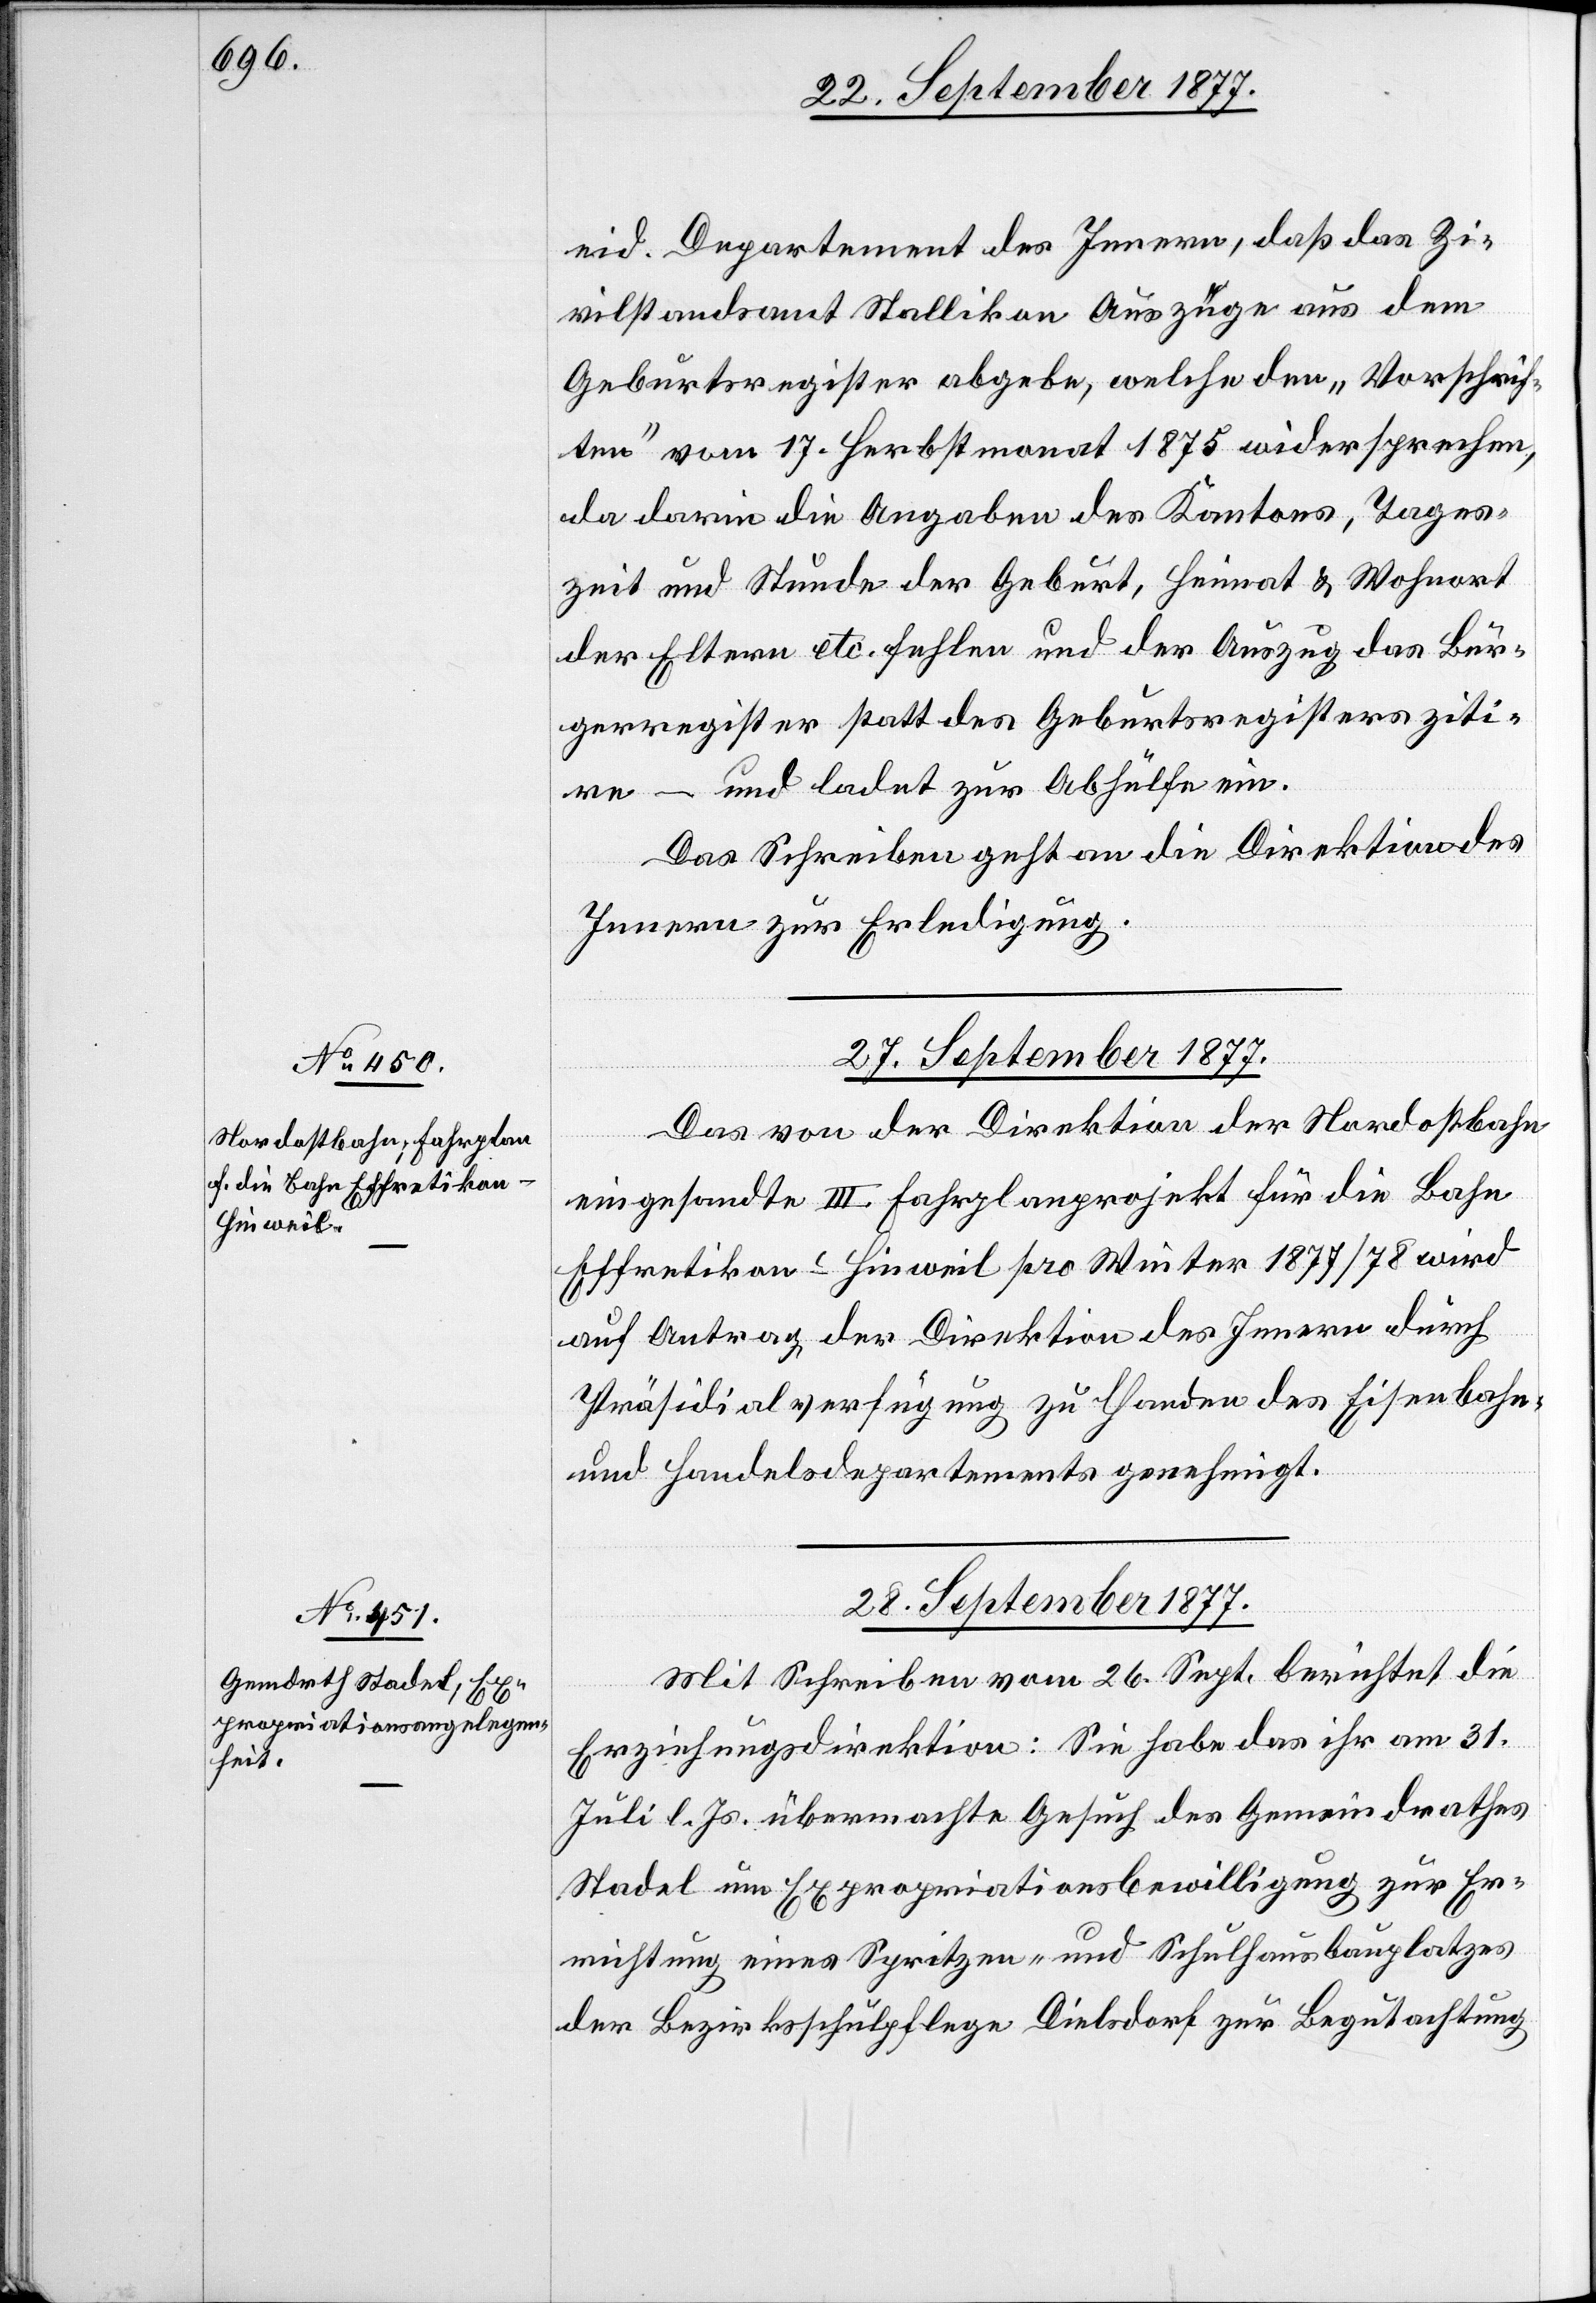
eid. Departement des Innern, daß das Zi¬
vilstandsamt Stallikon Auszüge aus dem
Geburtsregister abgebe, welche den „Vorschrif¬
ten“ vom 17. Herbstmonat 1875 widersprechen,
da darin die Angaben des Kantons, Tages¬
zeit und Stunde der Geburt, Heimat & Wohnort
der Eltern etc. fehlen und der Auszug das Bür¬
gerregister statt des Geburtsregisters ziti¬
re – und ladet zur Abhülfe ein.
Das Schreiben geht an die Direktion des
Innern zur Erledigung.
27. September 1877.
Das von der Direktion der Nordostbahn
eingesandte III. Fahrplanprojekt für die Bahn
Effretikon–Hinweil pro Winter 1877/78 wird
auf Antrag der Direktion des Innern durch
Präsidialverfügung zu Handen des Eisenbahn-
und Handelsdepartements genehmigt.
28. September 1877.
Mit Schreiben vom 26. Sept. berichtet die
Erziehungsdirektion: Sie habe das ihr am 31.
Juli l. Js. übermachte Gesuch des Gemeindrathes
Stadel um Expropriationsbewilligung zur Er¬
richtung eines Spritzen- und Schulhausbauplatzes
der Bezirksschulpflege Dielsdorf zur Begutachtung